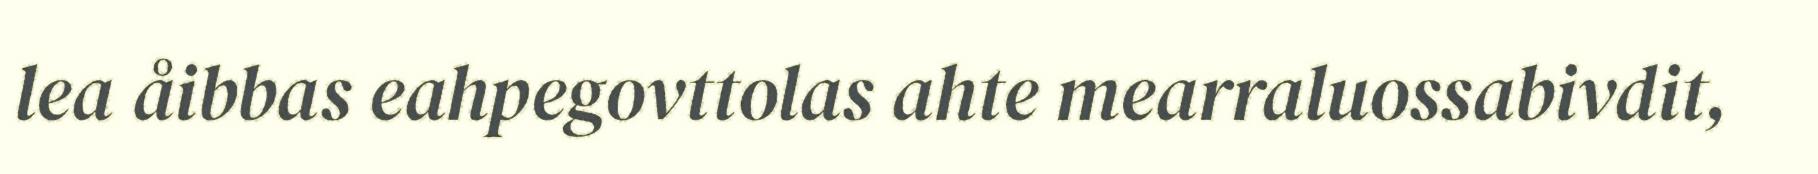
lea åibbas eahpegovttolas ahte mearraluossabivdit,